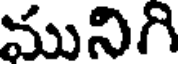
మునిగి